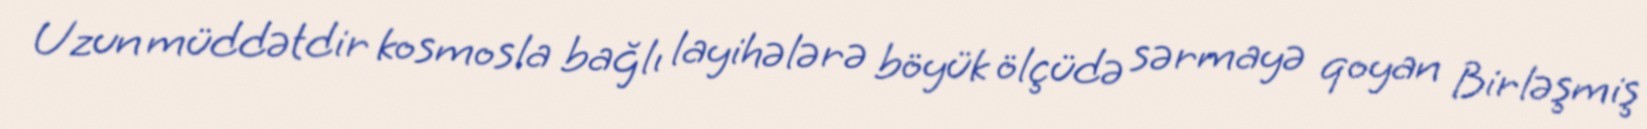
Uzun müddətdir kosmosla bağlı layihələrə böyük ölçüdə sərmayə qoyan Birləşmiş